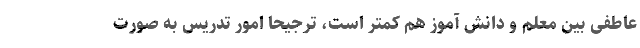
عاطفی بین معلم و دانش آموز هم کمتر است، ترجیحا امور تدریس به صورت